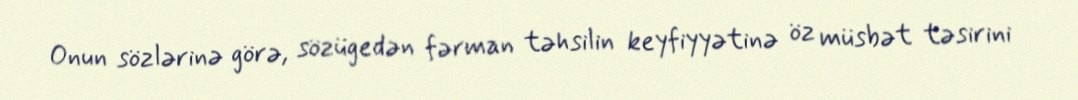
Onun sözlərinə görə, sözügedən fərman təhsilin keyfiyyətinə öz müsbət təsirini